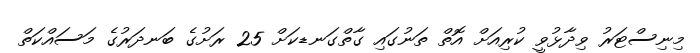
މިނިސްޓަރު ވިދާޅުވީ ކުރިއަށް އޮތް ތަނުގައި ގާތްގަނޑކަށް 25 ރަށުގެ ބަނދަރުގެ މަސައްކަތް